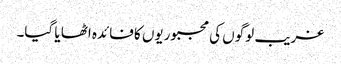
غریب لوگوں کی مجبوریوں کا فائدہ اٹھا یا گیا۔